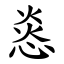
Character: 㥕